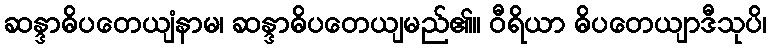
ဆန္ဒာဓိပတေယျံနာမ၊ ဆန္ဒာဓိပတေယျမည်၏။ ဝီရိယာ ဓိပတေယျာဒီသုပိ၊